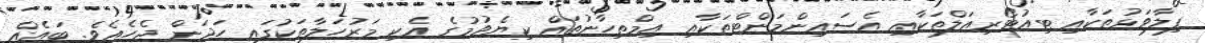
ފިލާވަޅުތަކާއި ޓިއުޓޯރިއަލްތަކާއި އެސައިންމަންޓްތަކާއި އިމްތިހާނުތައް ކިޔެވުމުގެ އެކި މަރުހަލާތަކުގައި ހަދަން ޖެހެއެވެ. ބައެއް